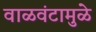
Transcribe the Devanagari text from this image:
वाळवंटामुळे